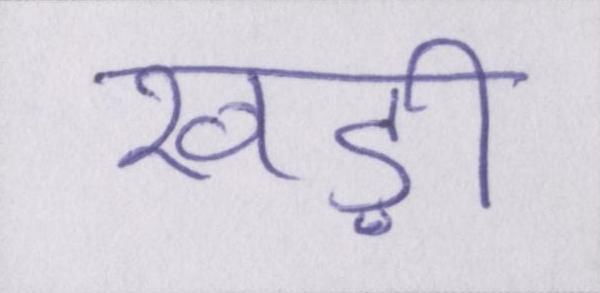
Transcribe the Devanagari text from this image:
खड़ी